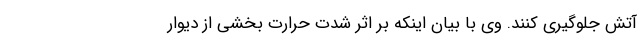
آتش جلوگیری کنند. وی با بیان اینکه بر اثر شدت حرارت بخشی از دیوار